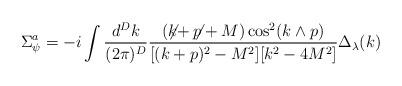
LaTeX: \begin{align*}\Sigma_{\psi}^a=-i\int \frac{d^Dk}{(2\pi)^D} \frac{(\not\!\! k+\not\!\! p+M)\cos^2(k\wedge p)}{[(k+p)^2-M^2][k^2 - 4 M^2]}\Delta_\lambda(k)\end{align*}